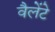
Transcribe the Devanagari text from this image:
वैलेंटे